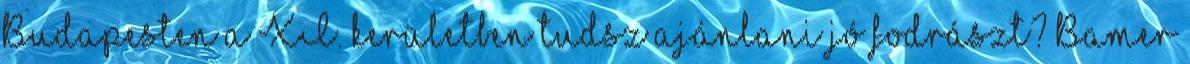
Budapesten a XI. kerületben tudsz ajánlani jó fodrászt? Bamer